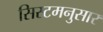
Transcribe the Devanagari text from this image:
सिस्टमनुसार